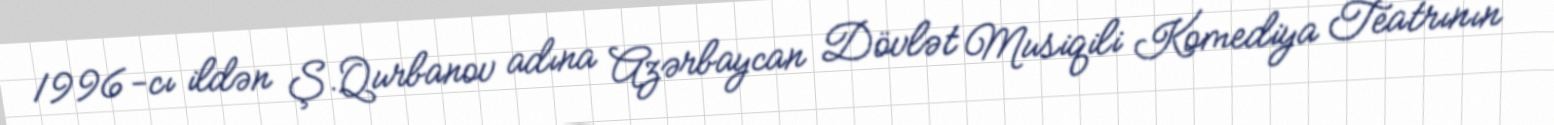
1996-cı ildən Ş.Qurbanov adına Azərbaycan Dövlət Musiqili Komediya Teatrının